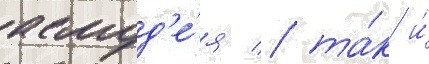
асмод'е́я / та́к и́